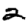
Digit: 2